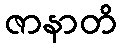
ဇာနာတိ